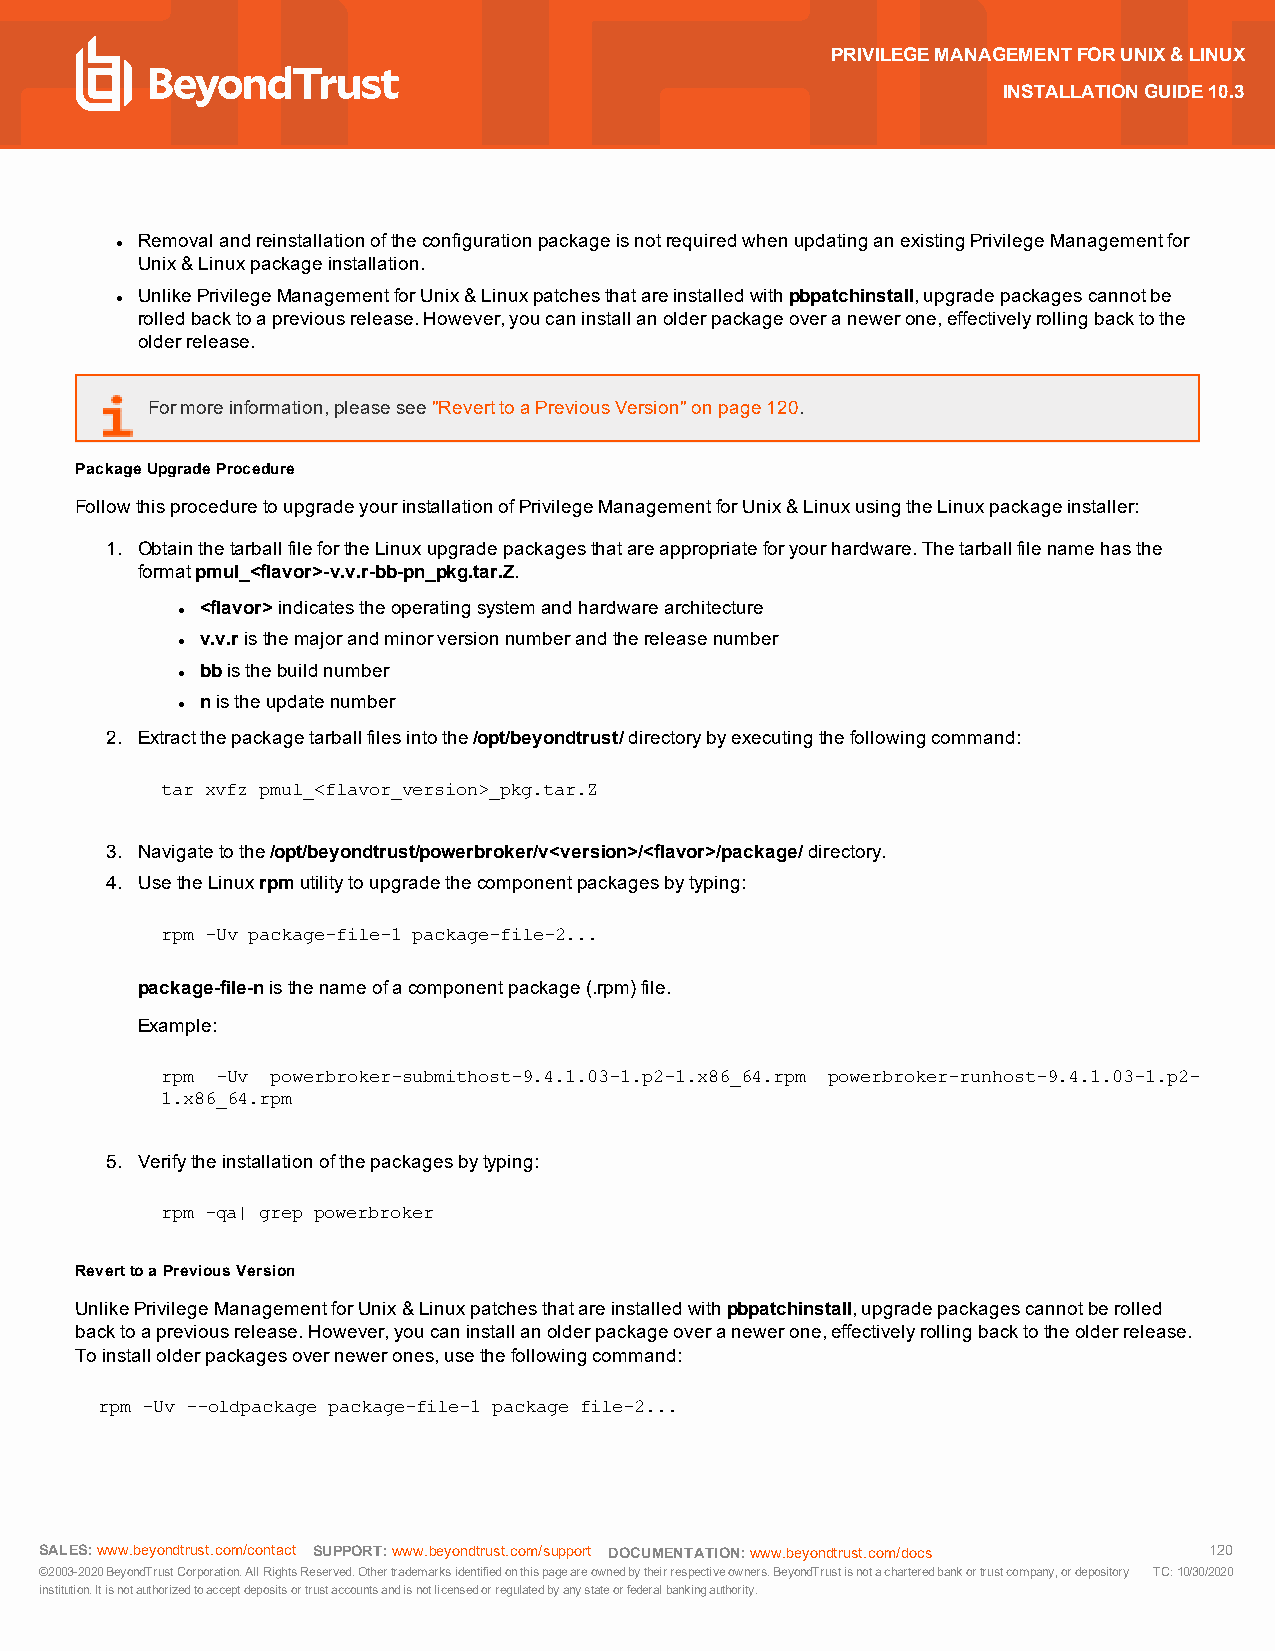
PRIVILEGEMANAGEMENTFORUNIX&LINUX
 INSTALLATIONGUIDE10.3
 RemovalandreinstallationoftheconfigurationpackageisnotrequiredwhenupdatinganexistingPrivilegeManagementfor
 l
 Unix&Linuxpackageinstallation.
 UnlikePrivilegeManagementforUnix&Linuxpatchesthatareinstalledwithpbpatchinstall,upgradepackagescannotbe
 l
 rolledbacktoapreviousrelease.However,youcaninstallanolderpackageoveranewerone,effectivelyrollingbacktothe
 olderrelease.
 Formoreinformation,pleasesee"ReverttoaPreviousVersion"onpage120.
 PackageUpgradeProcedure
 FollowthisproceduretoupgradeyourinstallationofPrivilegeManagementforUnix&LinuxusingtheLinuxpackageinstaller:
 1. ObtainthetarballfilefortheLinuxupgradepackagesthatareappropriateforyourhardware.Thetarballfilenamehasthe
 formatpmul_<flavor>-v.v.r-bb-pn_pkg.tar.Z.
 <flavor>indicatestheoperatingsystemandhardwarearchitecture
 l
 v.v.risthemajorandminorversionnumberandthereleasenumber
 l
 bbisthebuildnumber
 l
 nistheupdatenumber
 l
 2. Extractthepackagetarballfilesintothe/opt/beyondtrust/directorybyexecutingthefollowingcommand:
 tar xvfz pmul_<flavor_version>_pkg.tar.Z
 3. Navigatetothe/opt/beyondtrust/powerbroker/v<version>/<flavor>/package/directory.
 4. UsetheLinuxrpmutilitytoupgradethecomponentpackagesbytyping:
 rpm -Uv package-file-1 package-file-2...
 package-file-nisthenameofacomponentpackage(.rpm)file.
 Example:
 rpm -Uv powerbroker-submithost-9.4.1.03-1.p2-1.x86_64.rpm powerbroker-runhost-9.4.1.03-1.p2-
 1.x86_64.rpm
 5. Verifytheinstallationofthepackagesbytyping:
 rpm -qa| grep powerbroker
 ReverttoaPreviousVersion
 UnlikePrivilegeManagementforUnix&Linuxpatchesthatareinstalledwithpbpatchinstall,upgradepackagescannotberolled
 backtoapreviousrelease.However,youcaninstallanolderpackageoveranewerone,effectivelyrollingbacktotheolderrelease.
 Toinstallolderpackagesovernewerones,usethefollowingcommand:
 rpm -Uv --oldpackage package-file-1 package file-2...
 SALES:www.beyondtrust.com/contact SUPPORT:www.beyondtrust.com/support DOCUMENTATION:www.beyondtrust.com/docs 120
 ©2003-2020BeyondTrustCorporation.AllRightsReserved.Othertrademarksidentifiedonthispageareownedbytheirrespectiveowners.BeyondTrustisnotacharteredbankortrustcompany,ordepository TC:10/30/2020
 institution.Itisnotauthorizedtoacceptdepositsortrustaccountsandisnotlicensedorregulatedbyanystateorfederalbankingauthority.